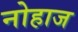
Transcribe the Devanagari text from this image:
नोहाज